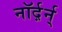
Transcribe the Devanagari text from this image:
नॉर्द़र्न्